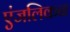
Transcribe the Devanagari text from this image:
एंजलिकन